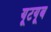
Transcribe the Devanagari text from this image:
यूटयूब